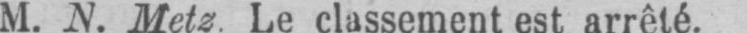
M. N. Metz. Le classement est arrêté.